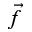
\vec { f }